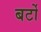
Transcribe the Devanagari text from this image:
बर्टो